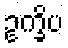
ဥက္ခိပ